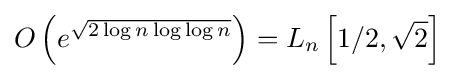
O\left(e^{\sqrt {2\log n\log \log n}}\right)=L_{n}\left[1/2,{\sqrt {2}}\right]